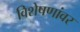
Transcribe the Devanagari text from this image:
विशेषणांवर